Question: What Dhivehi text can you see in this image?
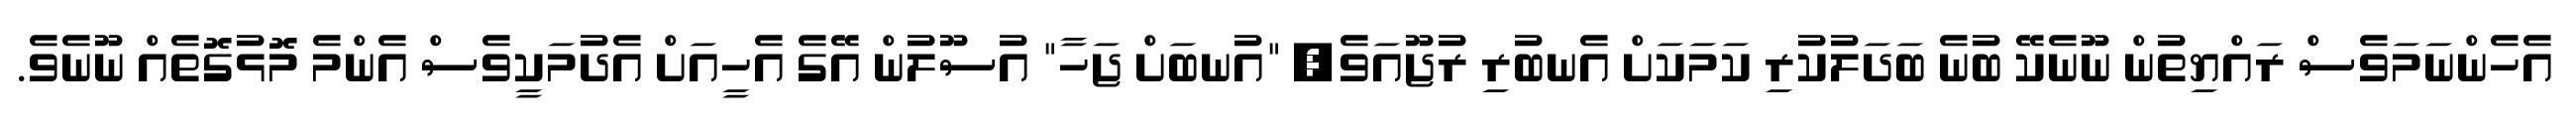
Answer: އެހެންނަމަވެސް ރައްޔިތުން ނޫނެކޭ ބުނެ ބަދަލުކުރި ކަމަކަށް އެނބުރި ރުޖޫއަވެ, "އުނބަށް ޖަހާ" އުސޫލުން އޭގެ އެހީއަށް އެދުމަކީވެސް އެންމެ މޮޅުގޮތެއް ނޫނެވެ.